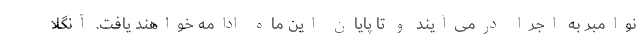
نوامبر به اجرا درمی‌آیند و تا پایان این ماه ادامه خواهند یافت. آنگلا